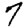
Digit: 7